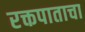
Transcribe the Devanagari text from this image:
रक्तपाताचा